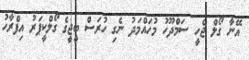
އޭނާ ގޯލް ޖެހީ ސަމްދޫހު މުހައްމަދު ނެގި ހުރަސް ބީޖީގެ ގޯލްކީޕަރު އިފްރާހު